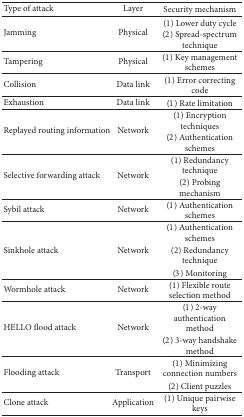
<table><thead><tr><td><b>Type of attack</b></td><td><b>Layer</b></td><td><b>Security mechanism</b></td></tr></thead><tbody><tr><td rowspan="2">Jamming</td><td rowspan="2">Physical</td><td>(1) Lower duty cycle</td></tr><tr><td> (2) Spread-spectrum technique</td></tr><tr><td>Tampering</td><td>Physical</td><td>(1) Key management schemes</td></tr><tr><td>Collision</td><td>Data link</td><td>(1) Error correcting code</td></tr><tr><td>Exhaustion</td><td>Data link</td><td>(1) Rate limitation</td></tr><tr><td rowspan="2">Replayed routing information</td><td rowspan="2">Network</td><td>(1) Encryption techniques</td></tr><tr><td>(2) Authentication schemes</td></tr><tr><td rowspan="2">Selective forwarding attack</td><td rowspan="2">Network</td><td>(1) Redundancy technique</td></tr><tr><td>(2) Probing mechanism</td></tr><tr><td>Sybil attack</td><td>Network</td><td>(1) Authentication schemes</td></tr><tr><td rowspan="3">Sinkhole attack</td><td rowspan="3">Network</td><td>(1) Authentication schemes</td></tr><tr><td> (2) Redundancy technique</td></tr><tr><td>(3) Monitoring</td></tr><tr><td>Wormhole attack</td><td>Network</td><td>(1) Flexible route selection method</td></tr><tr><td rowspan="2">HELLO flood attack</td><td rowspan="2">Network</td><td>(1) 2-way authentication method</td></tr><tr><td>(2) 3-way handshake method</td></tr><tr><td rowspan="2">Flooding attack</td><td rowspan="2">Transport</td><td>(1) Minimizing connection numbers</td></tr><tr><td> (2) Client puzzles </td></tr><tr><td>Clone attack</td><td>Application</td><td>(1) Unique pairwise keys</td></tr></tbody></table>